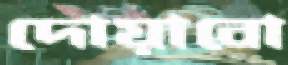
দোয়াবো